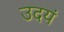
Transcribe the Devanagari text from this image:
उदयं